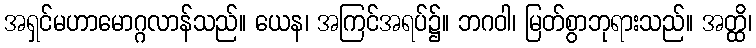
အရှင်မဟာမောဂ္ဂလာန်သည်။ ယေန၊ အကြင်အရပ်၌။ ဘဂဝါ၊ မြတ်စွာဘုရားသည်။ အတ္ထိ၊